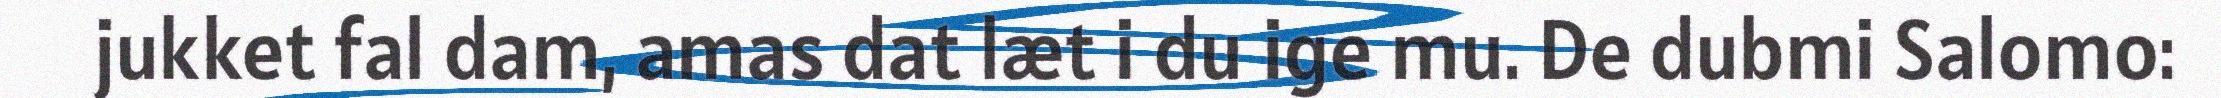
jukket fal dam, amas dat læt i du ige mu. De dubmi Salomo: